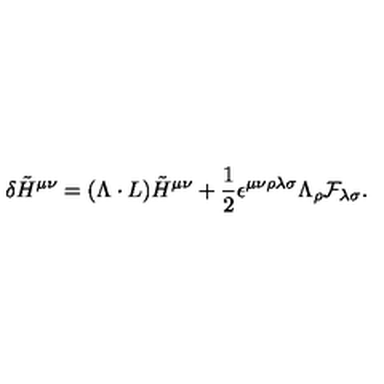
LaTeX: \delta \tilde { H } ^ { \mu \nu } = ( \Lambda \cdot L ) \tilde { H } ^ { \mu \nu } + { \frac { 1 } { 2 } } \epsilon ^ { \mu \nu \rho \lambda \sigma } \Lambda _ { \rho } { \cal F } _ { \lambda \sigma } .